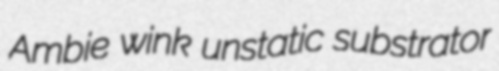
Ambie wink unstatic substrator